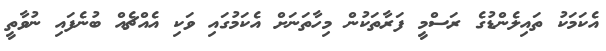
އެކަމަކު ތައިލެންޑުގެ ރަސްމީ ފަރާތަކުން މިހާތަނަށް އެކަމުގައި ވަކި އެއްޗެއް ބުނެފައި ނުވާތީ